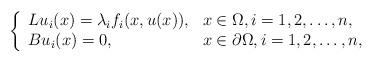
LaTeX: \begin{align*} \left\{\begin{array}{ll} Lu_i(x)=\lambda_i f_i(x,u(x)), & x\in \Omega,i=1,2,\ldots,n, \\ Bu_i(x)=0, & x\in \partial \Omega,i=1,2,\ldots,n,\end{array}\right.\end{align*}